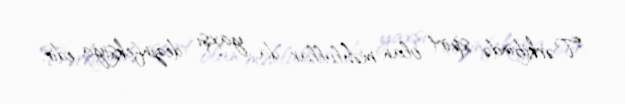
Tərkibində spirt olan məhlullar da yaxşı dezinfeksiya edir.